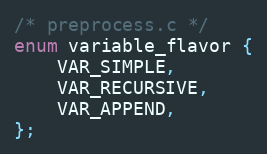
Language: C
/* preprocess.c */
enum variable_flavor {
	VAR_SIMPLE,
	VAR_RECURSIVE,
	VAR_APPEND,
};